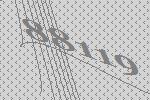
88119